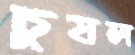
চুষল